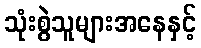
သုံးစွဲသူများအနေနှင့်